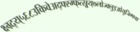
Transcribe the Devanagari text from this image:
क्ष्ग्र्द्य्५६८उकिवेअद्फ्स्ग्फ्त्स्र्रुय्७लोज्क्लुइओयुजिग्फ्च्क्ष